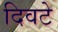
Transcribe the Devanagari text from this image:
दिवटे